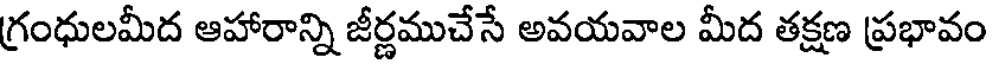
గ్రంధులమీద ఆహారాన్ని జీర్ణముచేసే అవయవాల మీద తక్షణ ప్రభావం